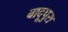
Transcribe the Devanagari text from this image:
बादूपुरा